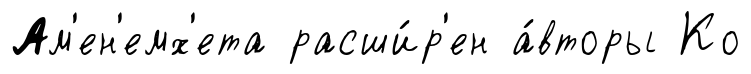
Ам'ен'емх'ета расши́р'ен а́вторы Ко